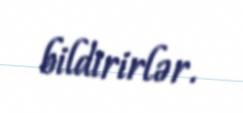
bildirirlər.